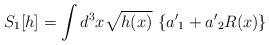
LaTeX: \begin{align*}S_1[h] = \int d^3x \sqrt{h(x)}~ \{ {a'}_1 +{a'}_2 R(x) \} \,\end{align*}